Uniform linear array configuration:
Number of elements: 8
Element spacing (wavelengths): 1
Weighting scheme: cosine
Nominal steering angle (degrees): -30
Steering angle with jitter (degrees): -30.593
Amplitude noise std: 0.05
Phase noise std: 0.05

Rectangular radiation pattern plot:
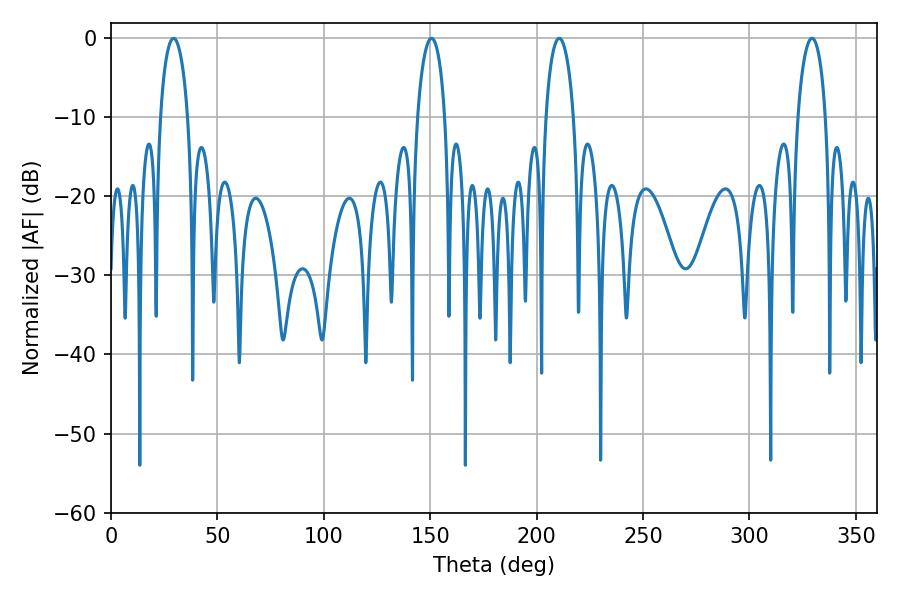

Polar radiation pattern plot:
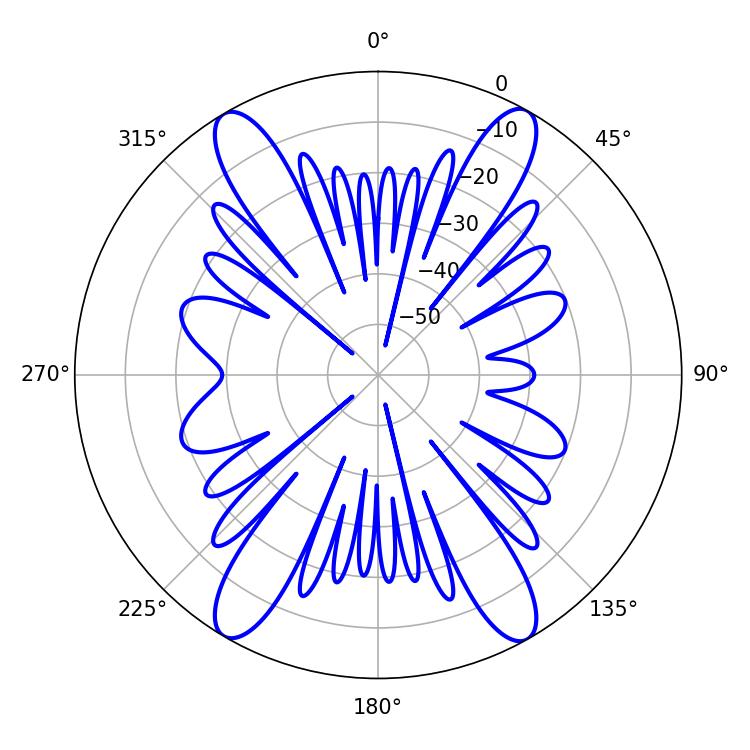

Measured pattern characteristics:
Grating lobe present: TRUE
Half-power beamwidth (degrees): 7.38
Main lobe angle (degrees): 210.6